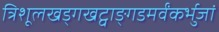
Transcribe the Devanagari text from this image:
त्रिशूलखड्गखट्वाङ्गडमर्वंकर्भुजां